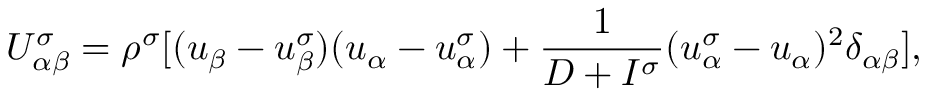
U _ { \alpha \beta } ^ { \sigma } = \rho ^ { \sigma } [ ( u _ { \beta } - u _ { \beta } ^ { \sigma } ) ( u _ { \alpha } - u _ { \alpha } ^ { \sigma } ) + \frac { 1 } { D + I ^ { \sigma } } ( u _ { \alpha } ^ { \sigma } - u _ { \alpha } ) ^ { 2 } \delta _ { \alpha \beta } ] ,